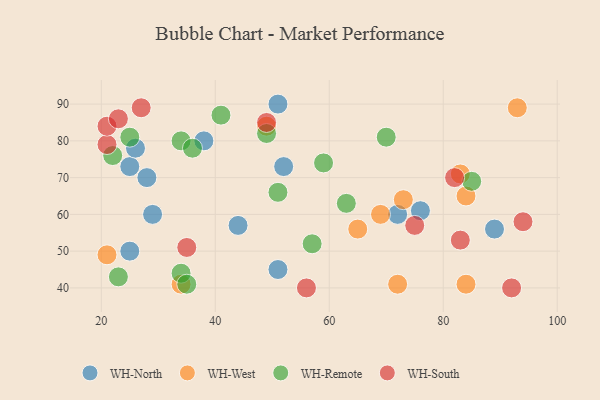
{"axis": {"x": "GDP", "y": "Life Expectancy"}, "legend": ["WH-North", "WH-Remote", "WH-South", "WH-West"], "data": [{"x": "51", "y": 45, "type": "WH-North"}, {"x": "51", "y": 90, "type": "WH-North"}, {"x": "76", "y": 61, "type": "WH-North"}, {"x": "28", "y": 70, "type": "WH-North"}, {"x": "89", "y": 56, "type": "WH-North"}, {"x": "25", "y": 73, "type": "WH-North"}, {"x": "29", "y": 60, "type": "WH-North"}, {"x": "44", "y": 57, "type": "WH-North"}, {"x": "25", "y": 50, "type": "WH-North"}, {"x": "52", "y": 73, "type": "WH-North"}, {"x": "38", "y": 80, "type": "WH-North"}, {"x": "72", "y": 60, "type": "WH-North"}, {"x": "26", "y": 78, "type": "WH-North"}, {"x": "34", "y": 41, "type": "WH-West"}, {"x": "69", "y": 60, "type": "WH-West"}, {"x": "72", "y": 41, "type": "WH-West"}, {"x": "73", "y": 64, "type": "WH-West"}, {"x": "21", "y": 49, "type": "WH-West"}, {"x": "84", "y": 41, "type": "WH-West"}, {"x": "83", "y": 71, "type": "WH-West"}, {"x": "65", "y": 56, "type": "WH-West"}, {"x": "84", "y": 65, "type": "WH-West"}, {"x": "93", "y": 89, "type": "WH-West"}, {"x": "49", "y": 84, "type": "WH-West"}, {"x": "34", "y": 80, "type": "WH-Remote"}, {"x": "85", "y": 69, "type": "WH-Remote"}, {"x": "23", "y": 43, "type": "WH-Remote"}, {"x": "22", "y": 76, "type": "WH-Remote"}, {"x": "63", "y": 63, "type": "WH-Remote"}, {"x": "49", "y": 82, "type": "WH-Remote"}, {"x": "59", "y": 74, "type": "WH-Remote"}, {"x": "57", "y": 52, "type": "WH-Remote"}, {"x": "34", "y": 44, "type": "WH-Remote"}, {"x": "51", "y": 66, "type": "WH-Remote"}, {"x": "35", "y": 41, "type": "WH-Remote"}, {"x": "36", "y": 78, "type": "WH-Remote"}, {"x": "70", "y": 81, "type": "WH-Remote"}, {"x": "25", "y": 81, "type": "WH-Remote"}, {"x": "41", "y": 87, "type": "WH-Remote"}, {"x": "21", "y": 79, "type": "WH-South"}, {"x": "82", "y": 70, "type": "WH-South"}, {"x": "21", "y": 84, "type": "WH-South"}, {"x": "94", "y": 58, "type": "WH-South"}, {"x": "92", "y": 40, "type": "WH-South"}, {"x": "83", "y": 53, "type": "WH-South"}, {"x": "35", "y": 51, "type": "WH-South"}, {"x": "56", "y": 40, "type": "WH-South"}, {"x": "27", "y": 89, "type": "WH-South"}, {"x": "23", "y": 86, "type": "WH-South"}, {"x": "49", "y": 85, "type": "WH-South"}, {"x": "75", "y": 57, "type": "WH-South"}]}